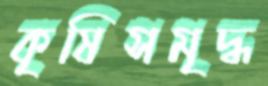
কৃষিসমৃদ্ধ